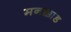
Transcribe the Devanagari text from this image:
मनक्काड